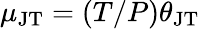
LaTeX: \mu_{\mathrm{JT}}=(T/P)\theta_{\mathrm{JT}}